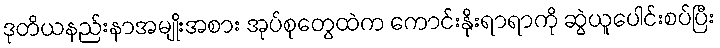
ဒုတိယနည်းနာအမျိုးအစား အုပ်စုတွေထဲက ကောင်းနိုးရာရာကို ဆွဲယူပေါင်းစပ်ပြီး